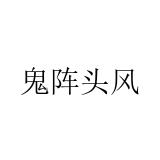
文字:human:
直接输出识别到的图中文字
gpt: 鬼阵头风